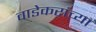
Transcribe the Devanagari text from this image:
वाडेकरांच्या